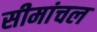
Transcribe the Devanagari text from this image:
सीमांचल